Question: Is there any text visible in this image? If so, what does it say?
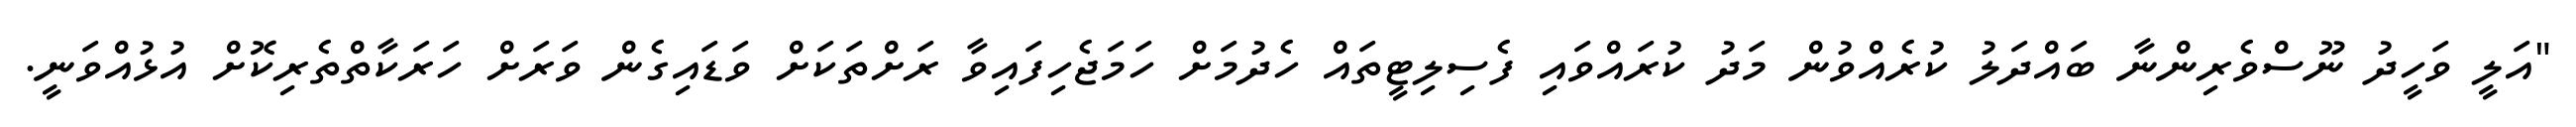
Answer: "އަލީ ވަހީދު ނޫސްވެރިންނާ ބައްދަލު ކުރެއްވުން މަދު ކުރައްވައި ފެސިލިޓީތައް ހެދުމަށް ހަމަޖެހިފައިވާ ރަށްތަކަށް ވަޑައިގެން ވަރަށް ހަރަކާތްތެރިކޮށް އުޅުއްވަނީ.